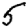
Digit: 5